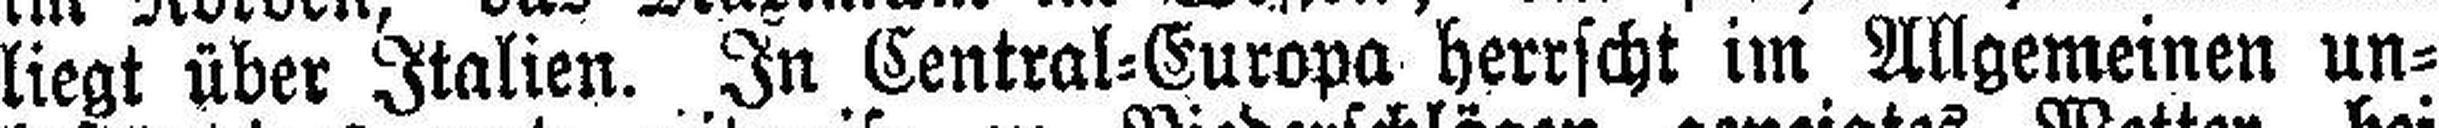
liegt über Italien. In Central=Europa herrscht im Allgemeinen un¬